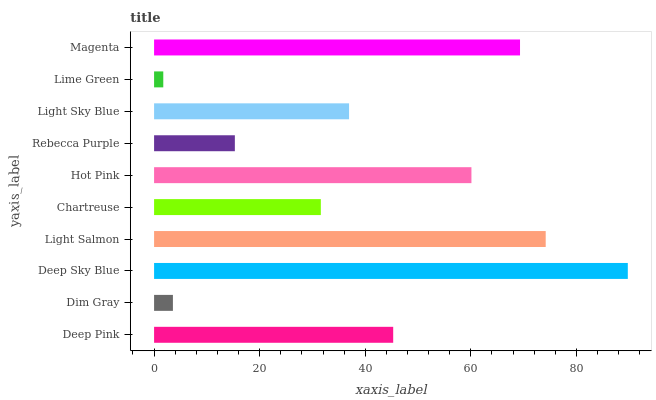
| yaxis_label | bars |
 | --- | --- |
 | Deep Pink | 45.3 |
 | Dim Gray | 3.57 |
 | Deep Sky Blue | 89.7 |
 | Light Salmon | 74.2 |
 | Chartreuse | 31.6 |
 | Hot Pink | 60.1 |
 | Rebecca Purple | 15.3 |
 | Light Sky Blue | 36.9 |
 | Lime Green | 1.74 |
 | Magenta | 69.3 |